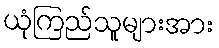
ယုံကြည်သူများအား